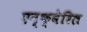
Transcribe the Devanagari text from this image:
एन्क्वेरिल